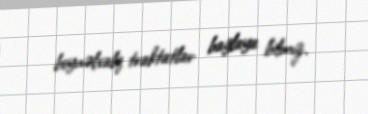
beynəlxalq traktatlar bağlaya bilmız.